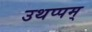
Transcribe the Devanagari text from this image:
उथप्पम्